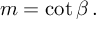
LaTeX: m = \cot \beta \, .